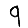
Digit: 9